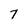
Character: 7